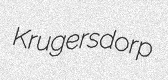
Krugersdorp